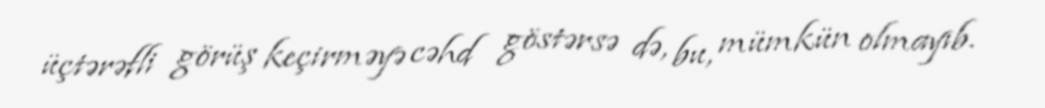
üçtərəfli görüş keçirməyə cəhd göstərsə də, bu, mümkün olmayıb.